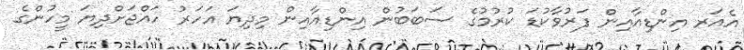
އެއަރ އިންޑިއާއިން ފަރުވާކުޑަ ކުރުމުގެ ސަބަބުން އިންޑިއާއިން މިދިޔަ އަހަރު ހައްޖަށްދިޔަ މީހުންގެ